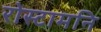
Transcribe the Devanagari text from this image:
रोस्टामनि